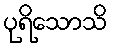
ပုရိသောသိ